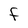
Character: F